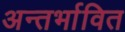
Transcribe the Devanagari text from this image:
अन्तर्भावित